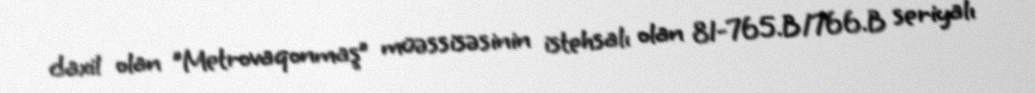
daxil olan "Metrovaqonmaş” müəssisəsinin istehsalı olan 81-765.B/766.B seriyalı